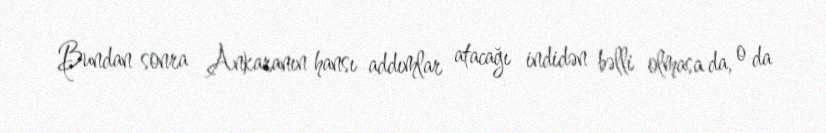
Bundan sonra Ankaranın hansı addımlar atacağı indidən bəlli olmasa da, o da